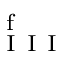
_ \mathrm { ~ I ~ I ~ I ~ } ^ { \mathrm { ~ f ~ } }